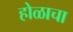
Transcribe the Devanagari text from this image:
होळाचा